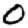
Digit: 0